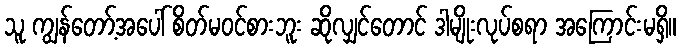
သူ ကျွန်တော့်အပေါ် စိတ်မဝင်စားဘူး ဆိုလျှင်တောင် ဒါမျိုးလုပ်စရာ အကြောင်းမရှိ။